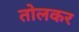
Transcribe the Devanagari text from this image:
तोलकर